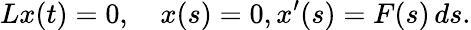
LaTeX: Lx(t)=0,\quad x(s)=0,x^{\prime}(s)=F(s)\, ds.